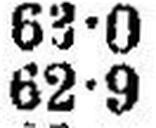
62•9